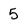
Character: 5